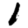
Digit: 1